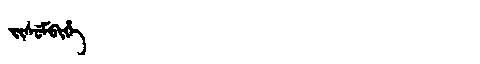
Manchu: ᠵᡳᠰᡠᠮᠪᡳᡥᡝ
Romanization: JISUMBIHE